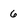
Character: 6